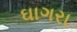
ઘાગરા